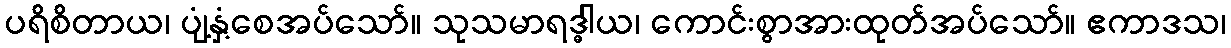
ပရိစိတာယ၊ ပျံ့နှံ့စေအပ်သော်။ သုသမာရဒ္ဓါယ၊ ကောင်းစွာအားထုတ်အပ်သော်။ ဧကာဒသ၊